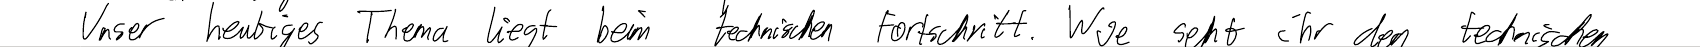
Unser heutiges Thema liegt beim technischen Fortschritt. Wie seht ihr den technischen